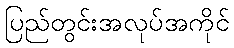
ပြည်တွင်းအလုပ်အကိုင်